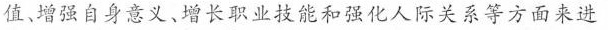
值、增强自身意义、增长职业技能和强化人际关系等方面来进